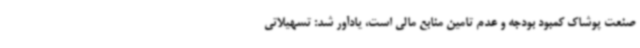
صنعت پوشاک کمبود بودجه و عدم تامین منابع مالی است، یادآور شد: تسهیلاتی